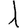
Digit: 1